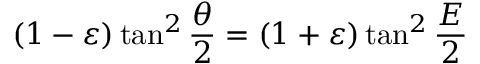
( 1 - \varepsilon ) \tan ^ { 2 } { \frac { \theta } { 2 } } = ( 1 + \varepsilon ) \tan ^ { 2 } { \frac { E } { 2 } }